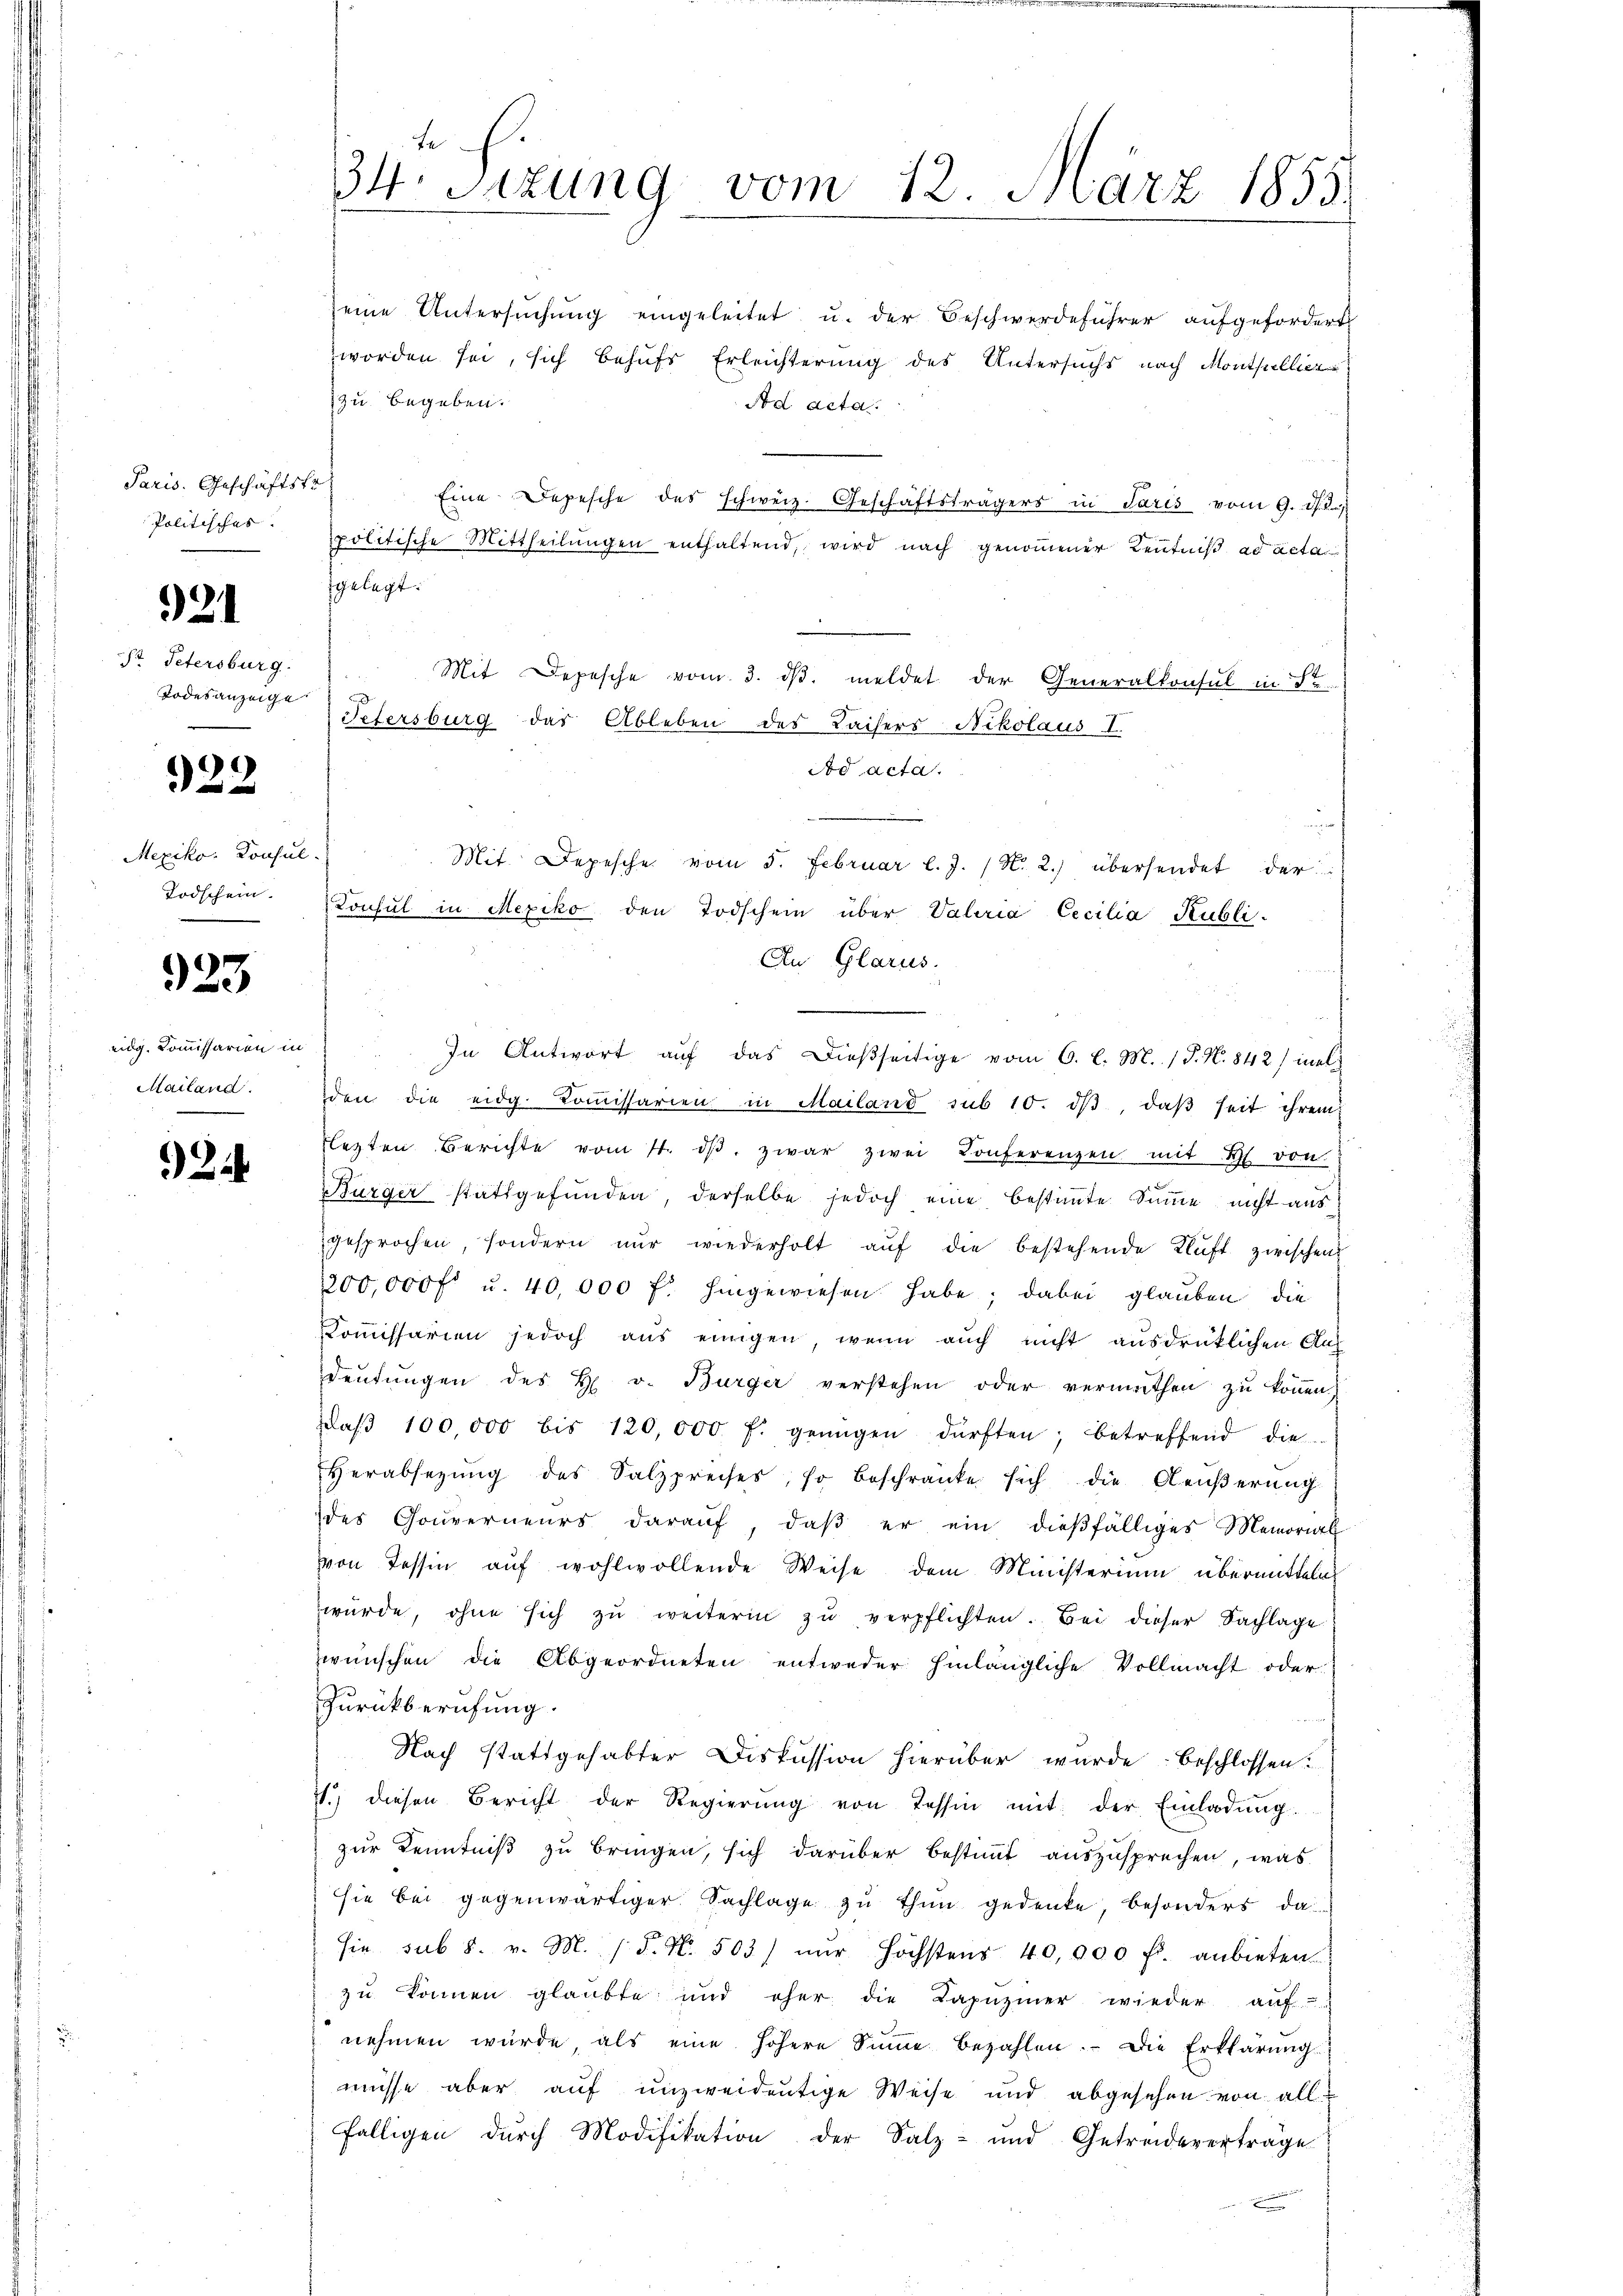
Paris. Geschäftstr
Politischer.

21

Hr. Petersburg
Todesanzeige

922

Mexiko: Konsul
Todschein.

eidg. Kommissarion in
Mailand.

923

2

te
34. Sitzung vom 12. März 1855.

zu begeben.
Ad acta
Eine Depesche des schweiz. Geschäftsträgers in Paris vom 9. d. 2.)
politische Mittheilŭngen enthaltend, wird nach genommener Kentniß ad acta
gelegt.
Mit Depesche vom 3. dβ meldet der Generalkonsul in St
dd acta.
¬
Mit Depesche vom 5. Februar l. J. (N. 2.) übersendet der
Konsul in Mexiko den Todschein über Vateria Cecilia Kubli-
An Glarus.
In Antwort auf das dießseitige vom 6. l. M. / P. N. 842) mal
den die eidg. Koṁissarien in Mailand sub 10. dβ, daβ seit ihrem
lezten Berichte vom 4. dβ, zwar zwei Konferenzen mit Bl. von
Bürger stattgefunden, derselbe jedoch eine bestimmte Summe nicht aus
gesprochen, sondern nur wiederholt auf die bestehende Kluft zwischen
200,000 fl u. 40,000 f. hingewiesen habe; dabei glauben, die
Kommissarien jedoch aus einigen, wenn auch nicht ausdrüklichen Aus
Deutungen des H. v. Bürger verstehen oder vermuthen zu können,
Daβ 100,000 bis 120,000 f. genügen dürften; betreffend die
Verabsezung des Salzpreises, so beschränke sich die Aeußerung
des Gouverneurs daraŭf, daβ er ein dießfälliges Memorial
von Tessin auf wohlwollende Weise dem Ministerium übermitteln
würde, ohne sich zŭ weiterin zŭ verpflichten. Bei dieser Sachlage
wünschen die Abgeordneten entweder hinlängliche Vollmacht oder
Zurückberufung.
Nach stattgehabter Diskussion hierüber wurde beschlossen:
21. diesen Bericht der Regierŭng von Tessin mit der Einladung
zur Kenntniß zu bringen, sich darüber bestimmt auszusprechen, was
sie bei gegenwärtiger Sachlage zu thun gedenke besonders da
sie sub 8. v. M. (§. N. 503) nŭr höchstens 40,000 fl. anbieten.
zu können glaubte und eher die Lapŭziner wieder aŭf
nehmen würde, als eine höhere Sinne bezahlen. Die Erklärung
müsse aber auf unzweideutige Weise und abgesehen von allfälligen durch Modifikation der Salz- und Getreideverträge

seine Untersuchung eingeleitet u. der Beschwerdeführer aufgefordert
worden sei, sich behufs Erleichterung des Untersuchs nach Monthellier

Tefersburg das Ableben des Kaisers Nikolaus I.